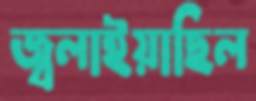
জ্বলাইয়াছিল